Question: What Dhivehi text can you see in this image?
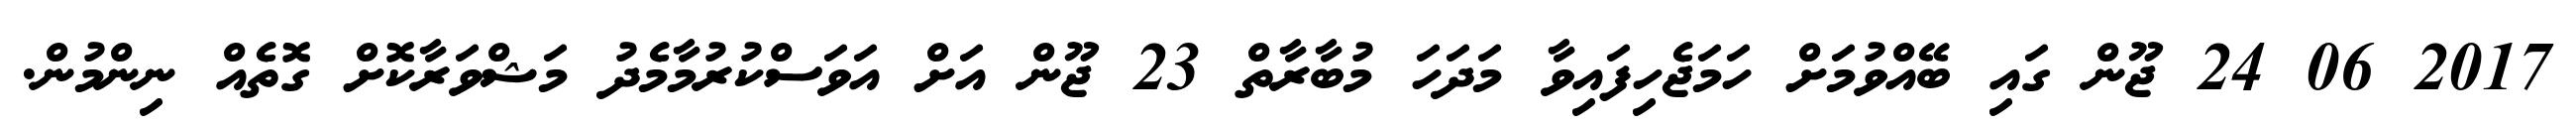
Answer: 2017 06 24 ޖޫން ގައި ބޭއްވުމަށް ހަމަޖެހިފައިވާ މަދަހަ މުބާރާތް 23 ޖޫން އަށް އަވަސްކުރުމާމެދު މަޝްވަރާކޮށް ގޮތެއް ނިންމުން.